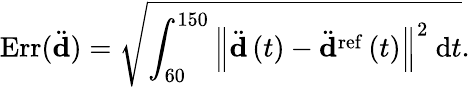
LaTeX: \mathrm{Err}(\ddot{\mathbf d})=\sqrt{\int_{60}^{150}{\left\Vert\ddot{\mathbf d}\left(t\right)-\ddot{\mathbf d}^{\mathrm{ref}}\left(t\right)\right\Vert^{2}\ \mathrm{d}t}}.